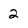
Character: 2